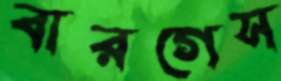
বারগেস